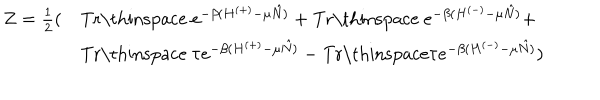
LaTeX: \begin{array} { l l } { { Z = \frac { 1 } { 2 } ( } } & { { \mathrm { T r \thinspace ~ } e ^ { - \beta ( H ^ { ( + ) } - \mu \hat { N } ) } + \mathrm { T r \thinspace ~ } e ^ { - \beta ( H ^ { ( - ) } - \mu \hat { N } ) } + } } \\ { { } } & { { \mathrm { T r \thinspace ~ } \tau e ^ { - \beta ( H ^ { ( + ) } - \mu \hat { N } ) } - \mathrm { T r \thinspace } \tau e ^ { - \beta ( H ^ { ( - ) } - \mu \hat { N } ) } ) } } \\ \end{array}